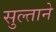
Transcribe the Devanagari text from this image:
सुल्ताने